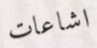
اشاعات